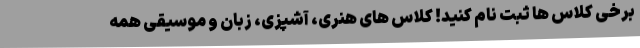
برخی کلاس ها ثبت نام کنید! کلاس های هنری، آشپزی، زبان و موسیقی همه